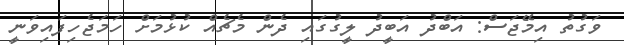
ވަގުތު އިމޭޖަސް: އަބްދު އަބީދު ލީގުގައި ދެން މެޗެއް ކުޅުމަށް ހަމަޖެހިފައިވަނީ